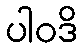
ပါဝဒိ